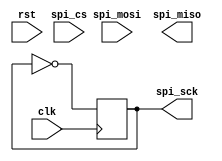
module spi_master (
    input wire clk,
    input wire rst,
    input wire spi_cs,
    input wire spi_mosi,
    output wire spi_miso,
    output reg spi_sck
);

// Control block
reg tx_enable;
reg rx_enable;
reg start_transfer;

// Data buffer block
reg [7:0] tx_data;
reg [7:0] rx_data;

// State machine
reg [2:0] state;

// Clock generator block
always @(posedge clk) begin
    spi_sck <= ~spi_sck;
end

// Shift register block
reg [7:0] shift_reg;

always @ (posedge clk) begin
    if (state == 3'b000) begin
        shift_reg <= tx_data;
    end else if (state == 3'b010) begin
        rx_data <= shift_reg;
    end
end

// Data transfer block
always @ (posedge clk) begin
    if (start_transfer) begin
        tx_data <= 8'hFF; // send dummy data
    end
end

endmodule